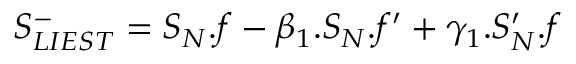
\begin{array} { r } { S _ { L I E S T } ^ { - } = S _ { N } . f - \beta _ { 1 } . S _ { N } . f ^ { \prime } + \gamma _ { 1 } . S _ { N } ^ { \prime } . f } \end{array}